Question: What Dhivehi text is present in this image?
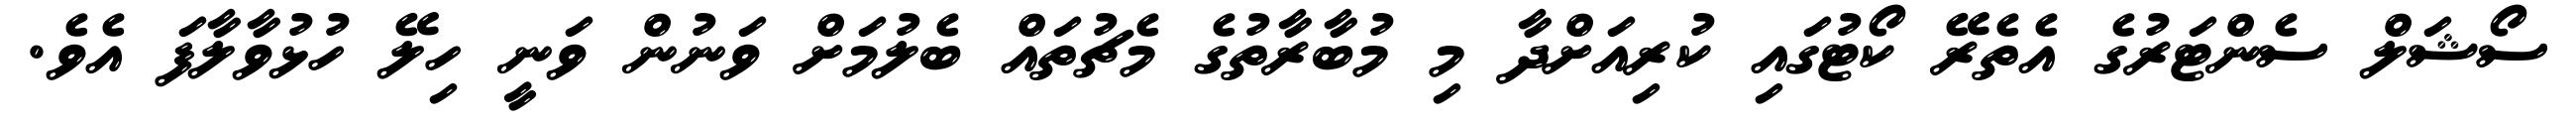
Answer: ސޯޝަލް ސެންޓަރުގެ އެތެރޭ ކޯޓުގައި ކުރިއަށްދާ މި މުބާރާތުގެ މެޗުތައް ބެލުމަށް ވަނުން ވަނީ ހިލޭ ހުޅުވާލާފަ އެވެ.